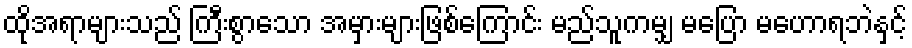
ထိုအရာများသည် ကြီးစွာသော အမှားများဖြစ်ကြောင်း မည်သူကမျှ မပြော မဟောရဘဲနှင့်